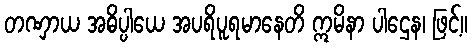
တဏှာယ အဓိပ္ပါယေ အပရိပူရမာနေတိ ဣမိနာ ပါဌေန၊ ဖြင့်။